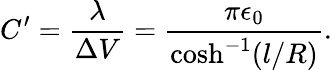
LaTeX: C^{\prime}=\frac{\lambda}{\Delta V}=\frac{\pi\epsilon_{0}}{\cosh^{-1}({l}/{R})}.